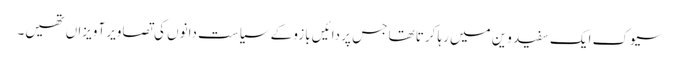
سیوک ایک سفید وین میں رہا کرتا تھا جس پر دائیں بازو کے سیاست دانوں کی تصاویر آویزاں تھیں۔